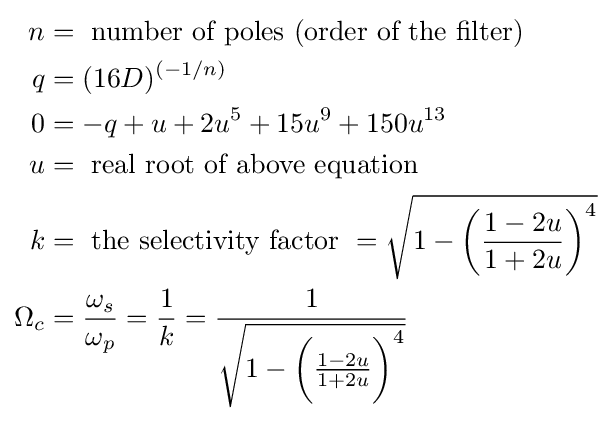
{\begin{aligned}n&={\text{ number of poles (order of the filter)}}\\q&=(16D)^{(-1/n)}\\0&=-q+u+2u^{5}+15u^{9}+150u^{13}\\u&={\text{ real root of above equation}}\\k&={\text{ the selectivity factor }}={\sqrt {1-{\bigg (}{\frac {1-2u}{1+2u}}{\bigg )}^{4}}}\\\Omega _{c}&={\frac {\omega _{s}}{\omega _{p}}}={\frac {1}{k}}={\frac {1}{\sqrt {1-{\bigg (}{\frac {1-2u}{1+2u}}{\bigg )}^{4}}}}\\\end{aligned}}